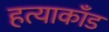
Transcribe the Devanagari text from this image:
हत्याकाँड